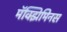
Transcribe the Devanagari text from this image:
मॅक्झिमिनस